Mental hospitals Bombay report 1921-28 - 1921-1928
Year: 1921
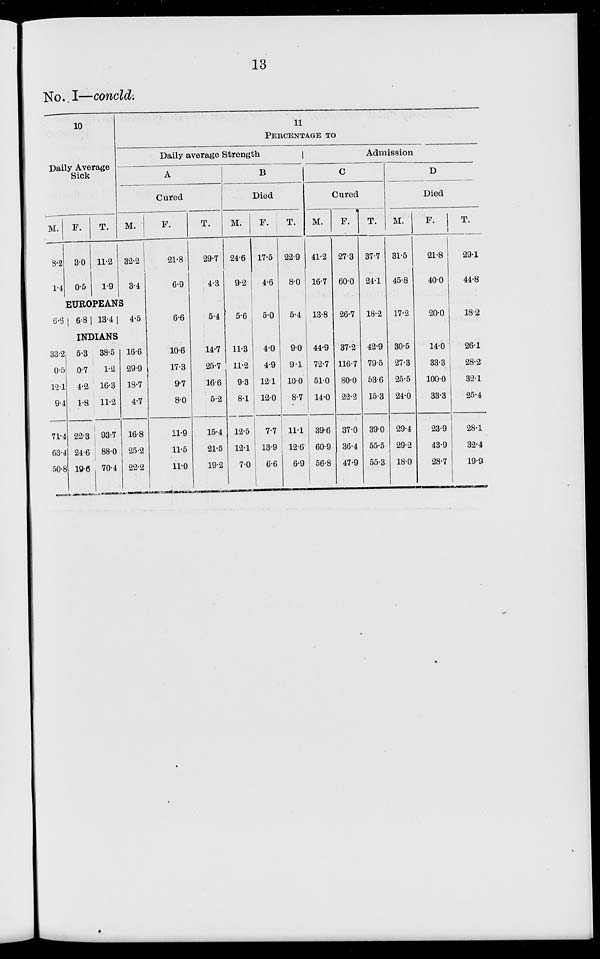
13
No. I—concld.
10
Daily Average
Sick
M.
8.2
1.4
F.
3.0
0.5
T.
11.2
1.9
11
PERCENTAGE TO
Daily average Strength
A
Cured
M.
32.2
3.4
EUROPEANS
6.6 6.8
13.4
4.5
INDIANS
33.2
0.5
12.1
9.4
71.4
63.4
50.8
5.3
0.7
4.2
1.8
22.3
24.6
19.6
38.5
1.2
16.3
11.2
93.7
88.0
70.4
16.6
29.9
18.7
4.7
16.8
25.2
22.2
F.
21.8
6.9
6.6
10.6
17.3
9.7
8.0
11.9
11.5
11.0
T.
29.7
4.3
5.4
14.7
25.7
16.6
5.2
15.4
21.5
19.2
B
Died
M.
24.6
9.2
5.6
11.3
11.2
9.3
8.1
12.5
12.1
7.0
F.
17.5
4.6
5.0
4.0
4.9
12.1
12.0
7.7
13.9
6.6
T.
22.9
8.0
5.4
9.0
9.1
10.0
8.7
11.1
12.6
6.9
Admission
C
Cured
M.
41.2
16.7
13.8
44.9
72.7
51.0
14.0
39.6
60.9
56.8
F.
27.3
60.0
26.7
37.2
116.7
80.0
22.2
37.0
36.4
47.9
T.
37.7
24.1
18.2
42.9
79.5
53.6
15.3
39.0
55.5
55.3
D
Died
M.
31.5
45.8
17.2
30.5
27.3
25.5
24.0
29.4
29.2
18.0
F.
21.8
40.0
20.0
14.0
33.3
100.0
33.3
23.9
43.9
28.7
T.
29.1
44.8
18.2
26.1
28.2
32.1
25.4
28.1
32.4
19.9